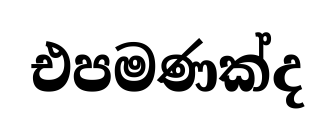
එපමණක්ද